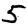
Digit: 5